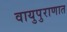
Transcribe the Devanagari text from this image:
वायुपुराणात